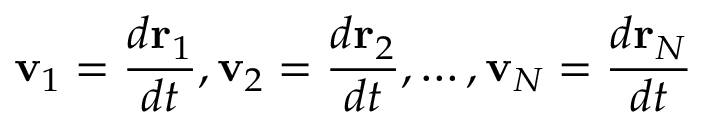
\mathbf { v } _ { 1 } = { \frac { d \mathbf { r } _ { 1 } } { d t } } , \mathbf { v } _ { 2 } = { \frac { d \mathbf { r } _ { 2 } } { d t } } , \ldots , \mathbf { v } _ { N } = { \frac { d \mathbf { r } _ { N } } { d t } }